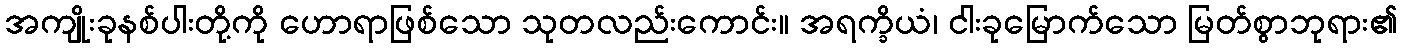
အကျိုးခုနစ်ပါးတို့ကို ဟောရာဖြစ်သော သုတလည်းကောင်း။ အရက္ခိယံ၊ ငါးခုမြောက်သော မြတ်စွာဘုရား၏